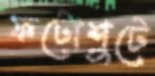
ফটোশুটে